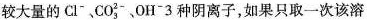
较大量的Cl~CO；~，OH-3种阴离子，如果只取一次该溶